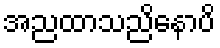
အညထာသညိနောပိ